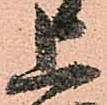
上